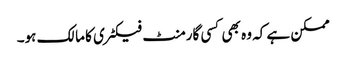
ممکن ہے کہ وہ بھی کسی گارمنٹ فیکٹری کا مالک ہو۔